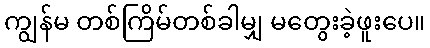
ကျွန်မ တစ်ကြိမ်တစ်ခါမျှ မတွေးခဲ့ဖူးပေ။